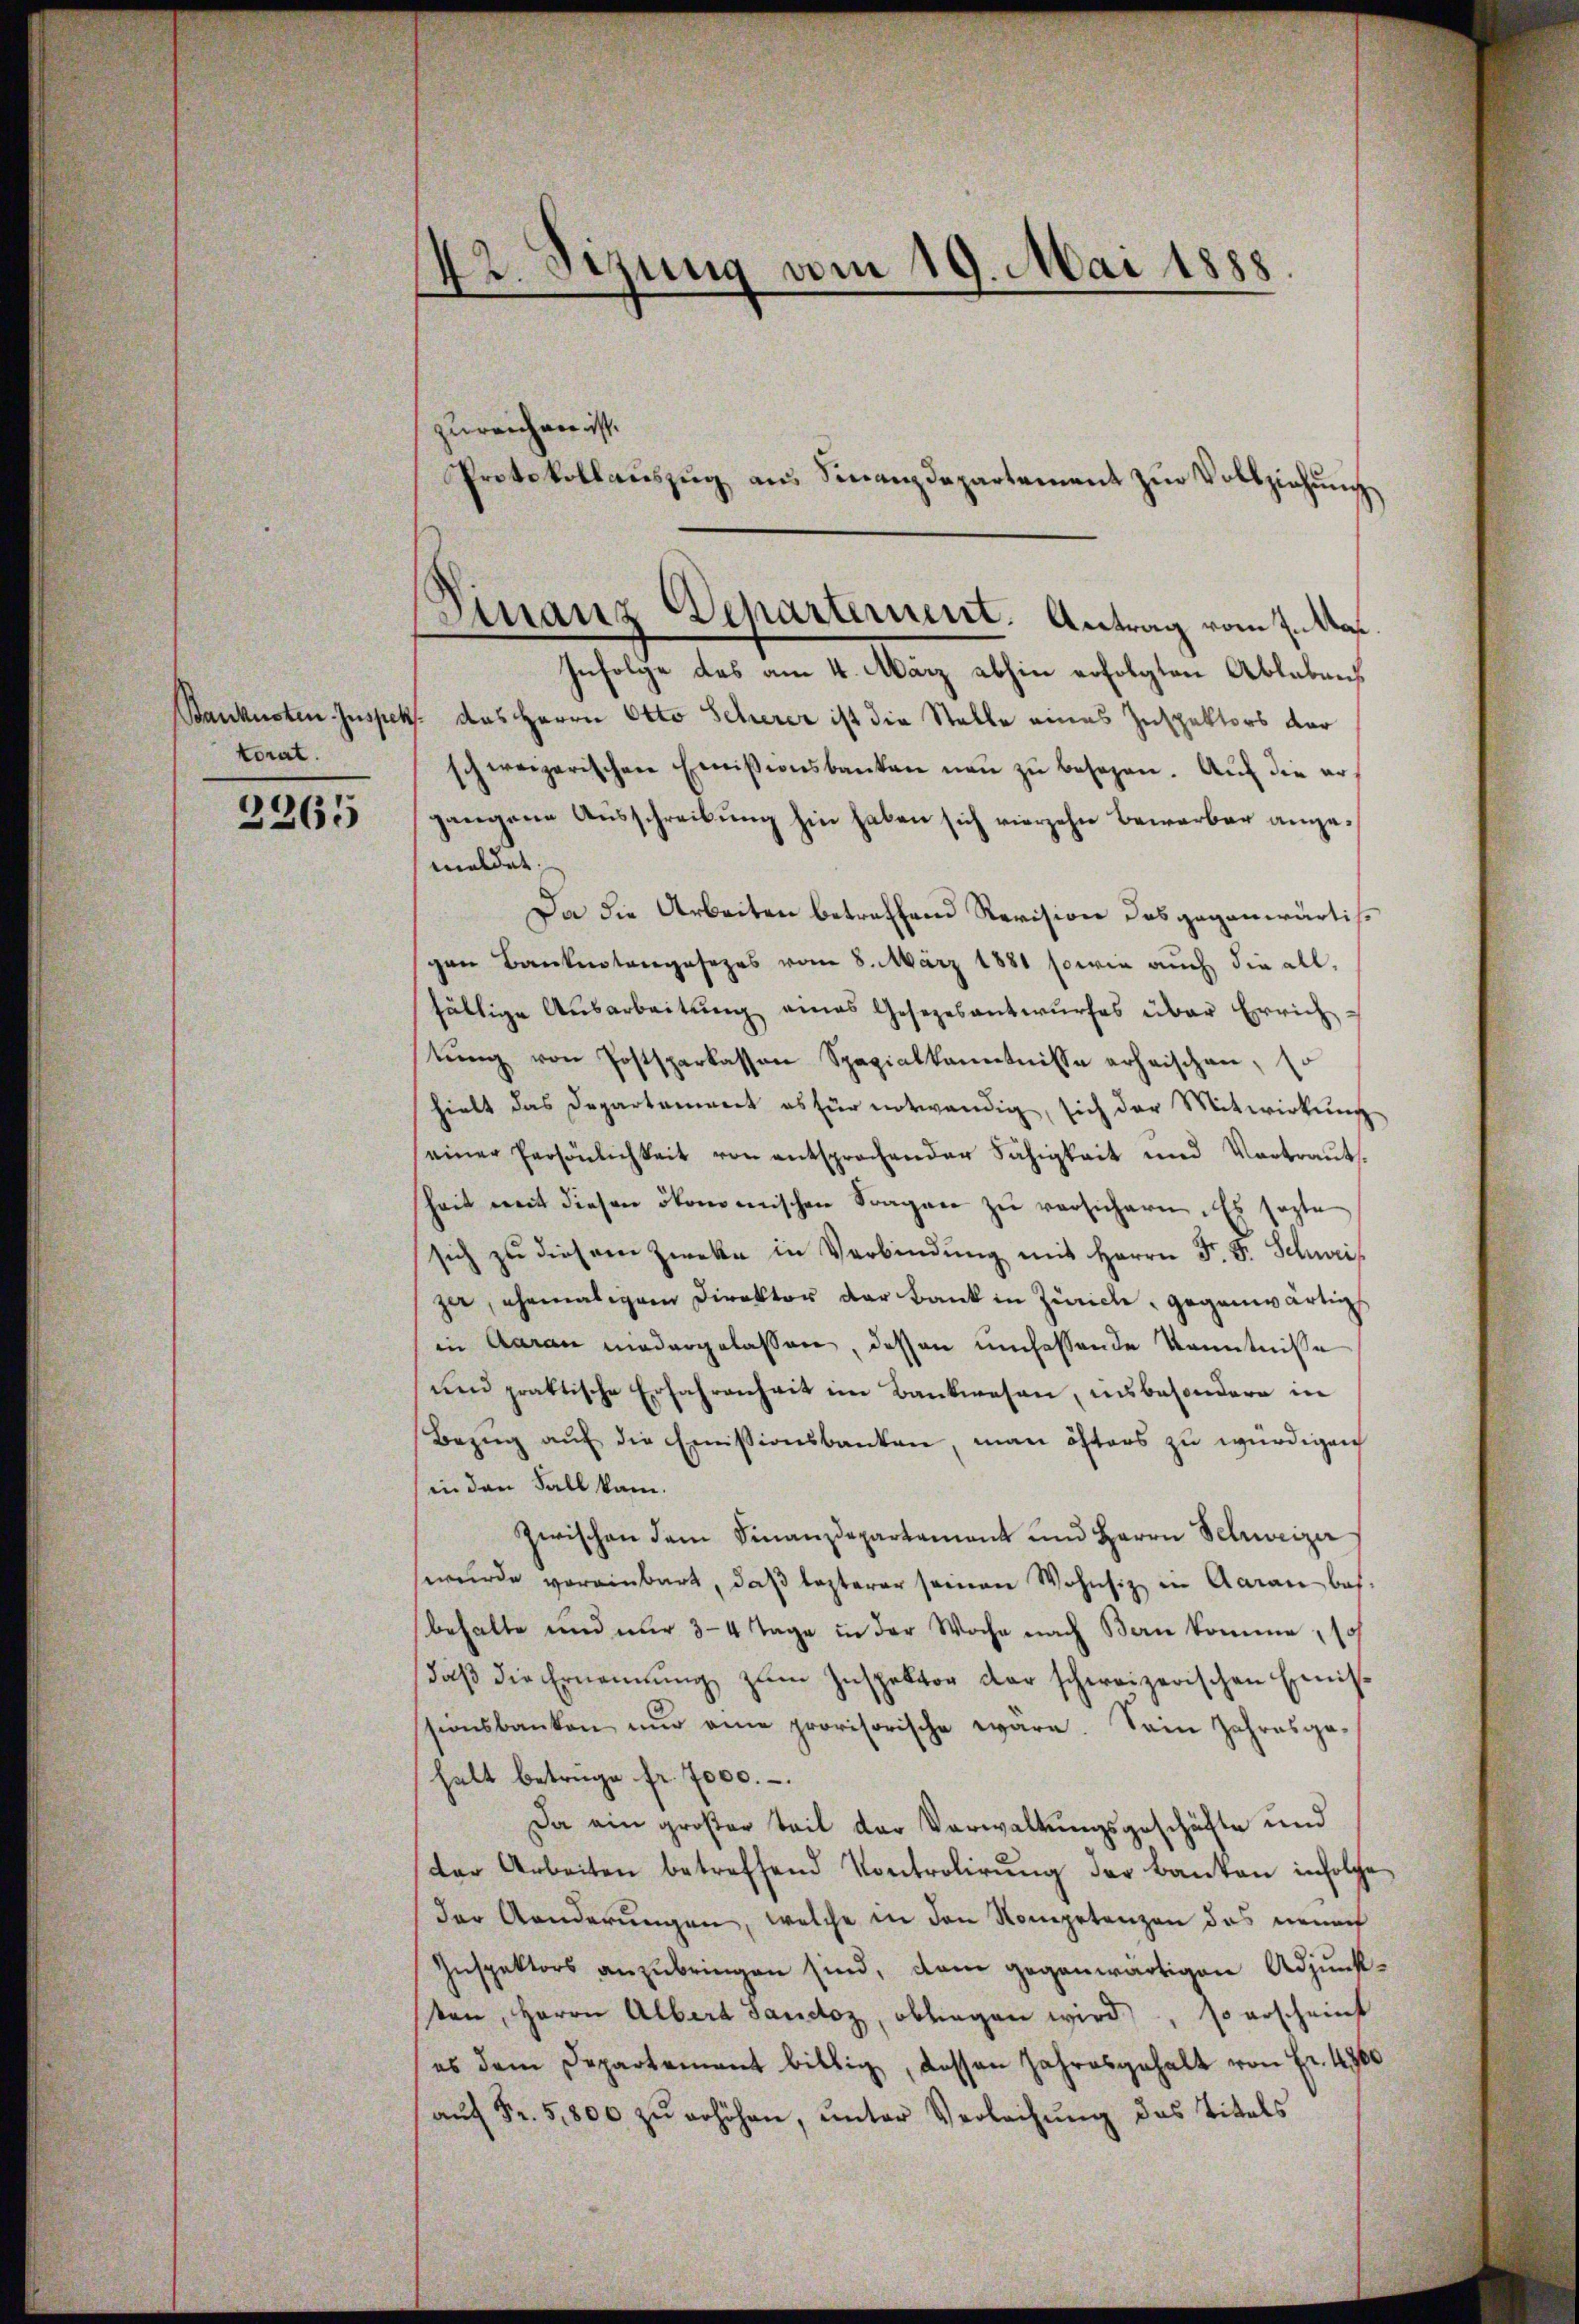
torat.

2265

42. Sizung vom 19. Mai 1888.

zureichen ist.

Infolge das am 4. März abhin erfolgten Ableben
Baukunsten Inspeks. das Herrn Otto Scherer ist die Stelle eines Inspektors dar
schweizerischen Emissionsbanken neu zu besezen. Auf die ergangene Ausschreibung hin haben sich vierzehn Bewerber angemeldet.
Da die Arbeiten betreffend Revision das gegenwärtisgen Banknotengesezes vom 8. März 1881 sowie auch die allfältige Ausarbeitung eines Gesezesantwurfes über Errichtŭng von Postsparkassen Spezialkenntnisse erheischen, so
hielt das Departement es für notwendig, sich der Mitwirkŭng
einer Persönlichkeit von entsprochender Fähigkeit und Vortraŭt-
heit mit diesen ökonomischen Fragen zŭ versichern. Es sagte
sich zu diesem Zweke in Verbindung mit Herrn F. F. Schweizer, ehemaliger Direktor der Bank in Zürich, gegenwärtig
in Aarau niedergelassen, dessen umfassende Kenntnisse
und praktische Erfahrenheit im Bankwesen, insbesondere in
Bezug auf die Emissionsbanken, man öfters zu würdigen
(in den Fall kam.
Zwischen dem Finanzdepartement und Herrn Schweizer
wurde vereinbart, daβ lezterer seinen Wohnsiz in Aarau bes.
behalte und nur 3-4 Tage in der Woche nach Bern komme, so
daβ die Ernennung zum Inspektor der schweizerischen Einisssionsbanken nŭr eine provisorische wäre. Sein Jahresge-
halt betrüge fr. 7000.
Da ein großer Teil der Verwaltungsgeschäfte und
der Arbeiten betreffend Kontrolirung der Banten infolge
der Aenderungen, welche in den Kompetenzen das neuech
Inspektors anzubringen sind, dem gegenwärtigen Adjunkten, Herrn Albert sanctoz, obliegen wird, so erscheint
es dem Departement billig, dessen Jahresgehalt von Fr. 4960
aŭf Fr. 5800 zŭ erhöhen, ŭnter Verlachŭng das Titels

Protokollaŭszŭg an Finanzdepartement zŭr Vollziehŭng

Finanz Departement. Antrag vom I. Aar